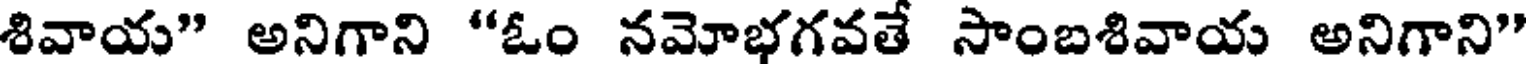
శివాయ" అనిగాని "ఓం నమోభగవతే సాంబశివాయ అనిగాని"